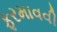
ફરમાવવી